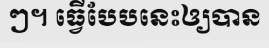
ៗ។ ធ្វើបែបនេះឲ្យបាន